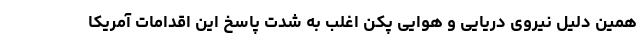
همین دلیل نیروی دریایی و هوایی پکن اغلب به شدت پاسخ این اقدامات آمریکا